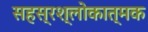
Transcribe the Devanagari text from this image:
सहस्रश्लोकात्मक